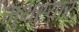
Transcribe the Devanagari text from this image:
मुथरयार